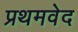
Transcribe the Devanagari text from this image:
प्रथमवेद